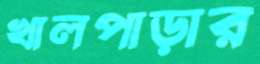
খালপাড়ার